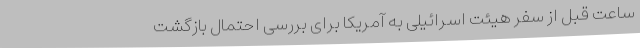
ساعت قبل از سفر هیئت اسرائیلی به آمریکا برای بررسی احتمال بازگشت